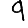
Digit: 9